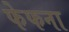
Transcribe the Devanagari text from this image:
फेफना